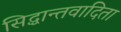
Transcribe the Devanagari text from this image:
सिद्धान्तवादिता